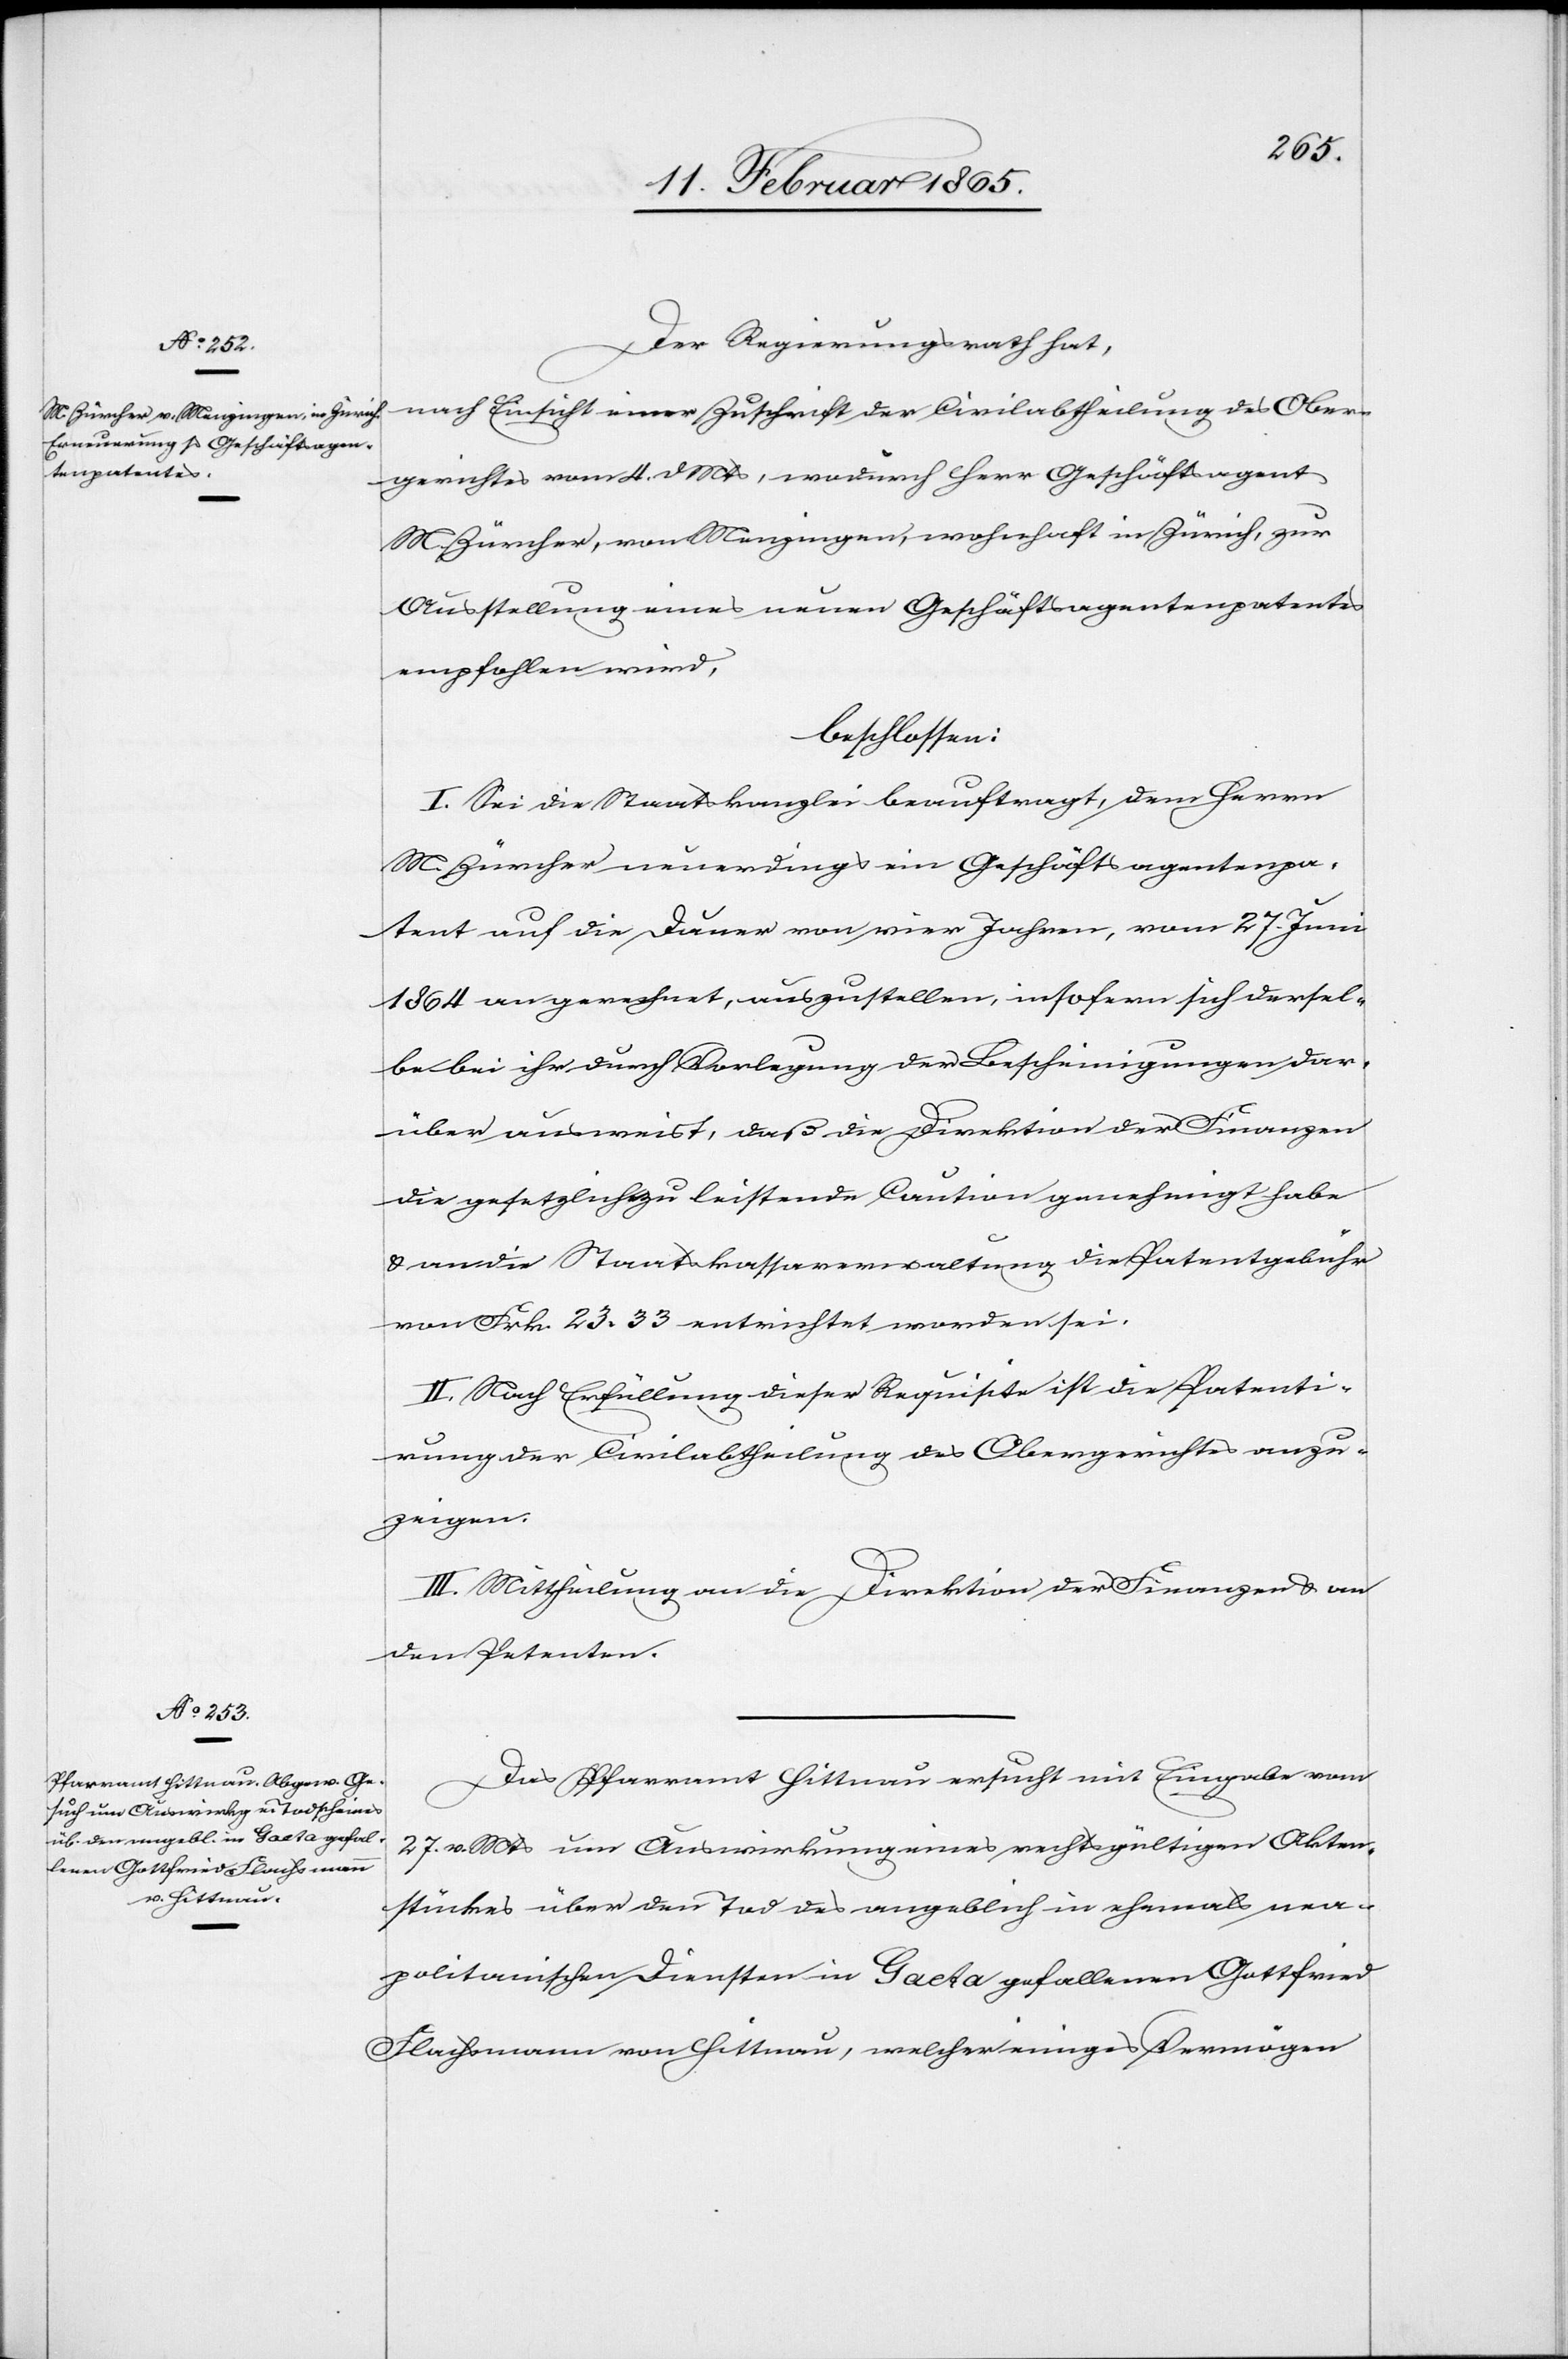
Der Regierungsrath hat,
nach Einsicht einer Zuschrift der Civilabtheilung des Ober¬
gerichtes vom 4. d Mts, wodurch Herr Geschäftsagent
M. Zürcher, von Menzingen, wohnhaft in Zürich, zur
Ausstellung eines neuen Geschäftsagentenpatentes
empfohlen wird,
beschlossen:
I. Sei die Staatskanzlei beauftragt, dem Herrn
M. Zücher neuerdings ein Geschäftsagentenpa¬
tent auf die Dauer von vier Jahren, vom 27. Juni
1864 an gerechnet, auszustellen, insofern sich dersel¬
be bei ihr durch Vorlegung der Bescheinigungen dar¬
über ausweist, daß die Direktion der Finanzen
die gesetzliche zu leistende Caution genehmigt habe
u. an die Staatskassaverwaltung die Patentgebühr
von Frk. 23. 33 entrichtet worden sei.
II. Nach Erfüllung dieser Requisite ist die Patenti¬
rung der Civilabtheilung des Obergerichtes anzu¬
zeigen.
III. Mittheilung an die Direktion der Finanzen u. an
den Petenten.
Das Pfarramt Hittnau ersucht mit Eingabe vom
27. v. Mts um Auswirkung eines rechtsgültigen Akten¬
stückes über den Tod des angeblich in ehemals nea¬
politanischen Diensten in Gaeta gefallenen Gottfried
Flachsmann von Hittnau, welcher einiges Vermögen